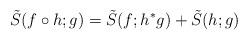
LaTeX: \begin{align*}\tilde S(f\circ h; g) =\tilde S(f; h^\ast g) + \tilde S(h; g)\end{align*}